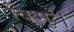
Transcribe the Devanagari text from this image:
विभुः।